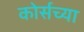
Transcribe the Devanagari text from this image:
कोर्सच्या